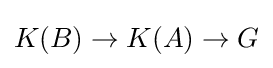
K(B)\to K(A)\to G